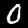
Digit: 0